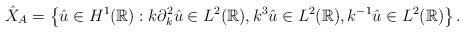
LaTeX: \begin{align*}\hat{X}_A = \left\{ \hat{u} \in H^1(\mathbb{R}) : k \partial_k^2 \hat{u} \in L^2(\mathbb{R}), k^3 \hat{u} \in L^2(\mathbb{R}), k^{-1} \hat{u} \in L^2(\mathbb{R}) \right\}.\end{align*}